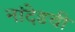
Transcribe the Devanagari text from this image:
नांदेडची